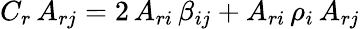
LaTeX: C_{r}\, A_{rj}=2\, A_{ri}\, \beta_{ij}+A_{ri}\, \rho_{i}\, A_{rj}